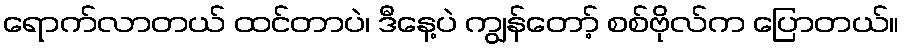
ရောက်လာတယ် ထင်တာပဲ၊ ဒီနေ့ပဲ ကျွန်တော့် စစ်ဗိုလ်က ပြောတယ်။